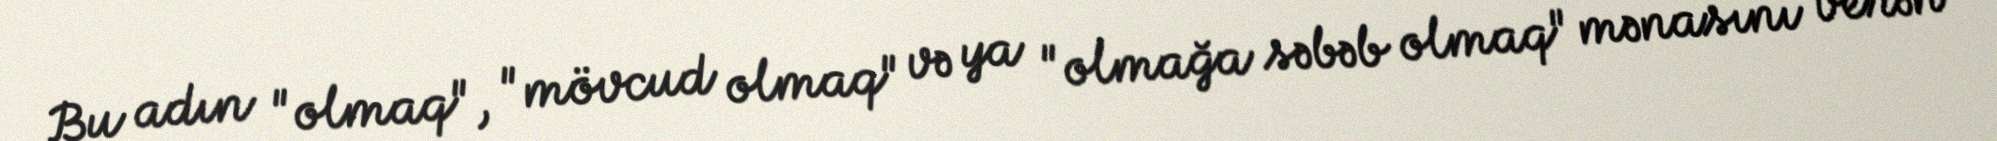
Bu adın "olmaq", "mövcud olmaq" və ya "olmağa səbəb olmaq" mənasını verən